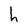
Character: h